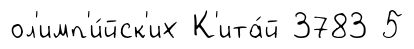
ол'имп'и́йск'их К'ита́й 3783 5